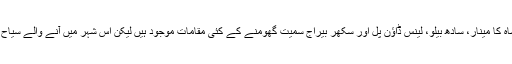
ویسے تو سکھر میں قطب شاہ کا مینار، سادھ بیلو، لینس ڈاؤن پل اور سکھر بیراج سمیت گھومنے کے کئی مقامات موجود ہیں لیکن اس شہر میں آنے والے سیاح اس مقام پر ضرور آتے ہیں۔